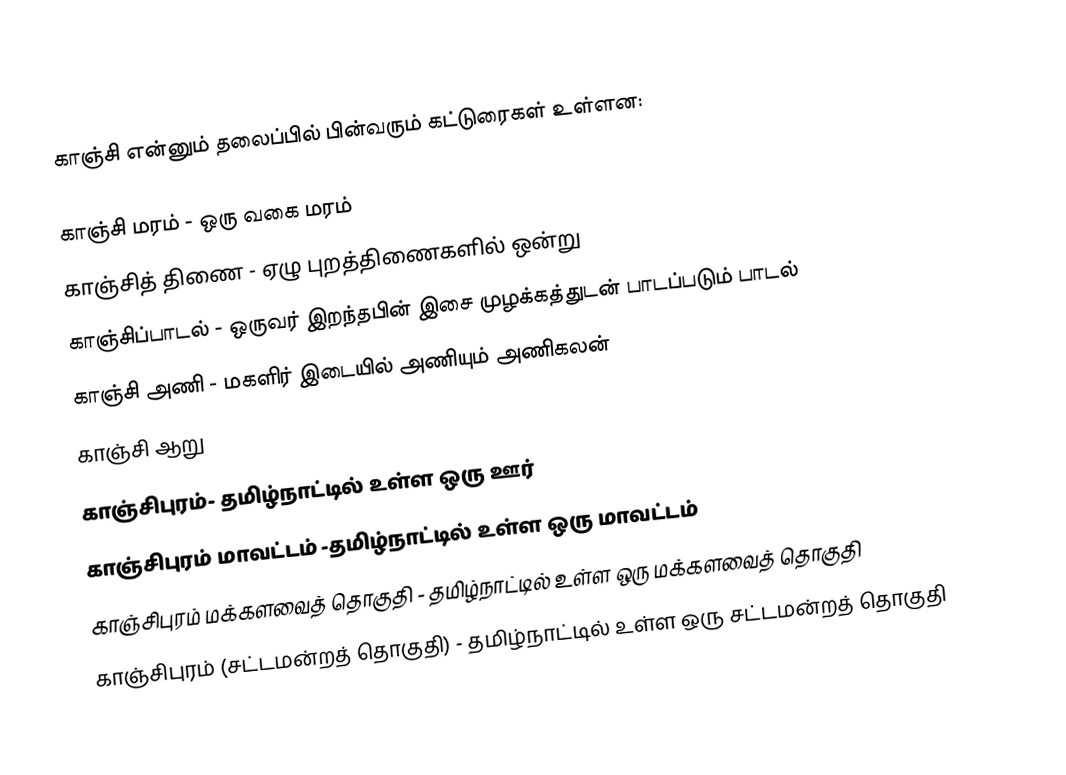
காஞ்சி என்னும் தலைப்பில் பின்வரும் கட்டுரைகள் உள்ளன:

 காஞ்சி மரம் - ஒரு வகை மரம்
 காஞ்சித் திணை - ஏழு புறத்திணைகளில் ஒன்று
 காஞ்சிப்பாடல் - ஒருவர் இறந்தபின் இசை முழக்கத்துடன் பாடப்படும் பாடல்
 காஞ்சி அணி - மகளிர் இடையில் அணியும் அணிகலன்
 காஞ்சி ஆறு
 காஞ்சிபுரம்- தமிழ்நாட்டில் உள்ள ஒரு ஊர்
 காஞ்சிபுரம் மாவட்டம் -தமிழ்நாட்டில் உள்ள ஒரு மாவட்டம்
 காஞ்சிபுரம் மக்களவைத் தொகுதி - தமிழ்நாட்டில் உள்ள ஒரு மக்களவைத் தொகுதி
 காஞ்சிபுரம் (சட்டமன்றத் தொகுதி) - தமிழ்நாட்டில் உள்ள ஒரு சட்டமன்றத் தொகுதி